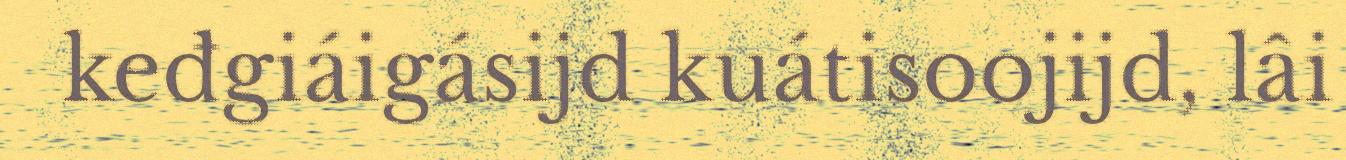
keđgiáigásijd kuátisoojijd, lâi